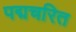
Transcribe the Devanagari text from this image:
पद्मचरित